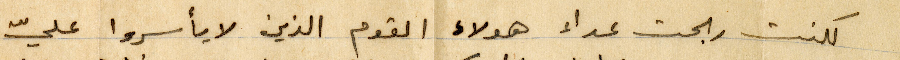
لكنت ربحت عداء هؤلاء القوم الذي لا يأسروا عليّ